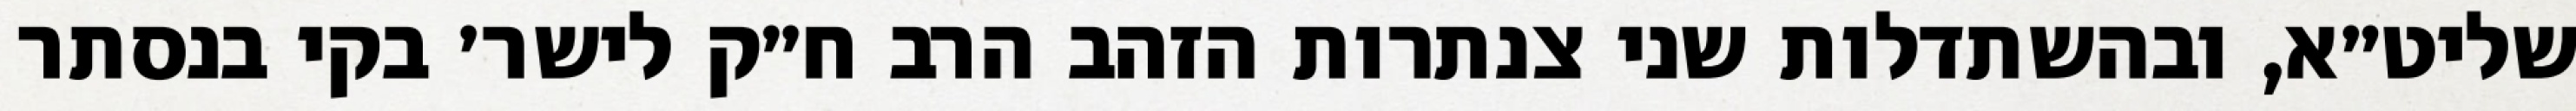
שליט״א, ובהשתדלות שני צנתרות הזהב הרב ח״ק לישר׳ בקי בנסתר